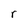
Character: r